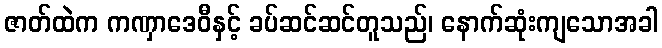
ဇာတ်ထဲက ကဏှာဒေဝီနှင့် ခပ်ဆင်ဆင်တူသည်၊ နောက်ဆုံးကျသောအခါ